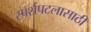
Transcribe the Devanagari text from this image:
स्पर्शपटलासाठी